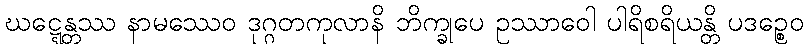
ဃဋ္ဋေန္တဿ နာမဿေဝ ဒုဂ္ဂတကုလာနိ ဘိက္ခုပေ ဥဿာဝေါ ပါရိစရိယန္တိ ပဒဉ္စေဝ